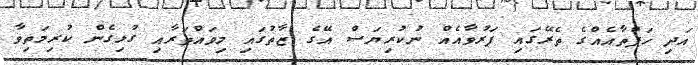
އަދި ހަފްތާއެއްގެ ތެރޭގައި ފަރުވާއެއް ނުކުރިޔަސް އޭގެ ޒާތުގައި މިވައްތަރާއި ގުޅިގެން ކުރިމަތިވާ